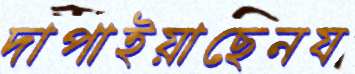
দাপাইয়াছেনয